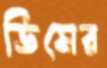
ভিমের